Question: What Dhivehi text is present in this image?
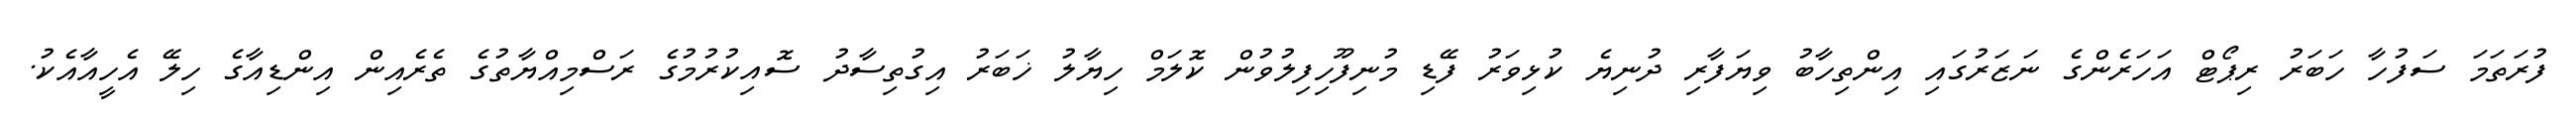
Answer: ފުރަތަމަ ސަފުހާ ހަބަރު ރިޕޯޓް އަހަރެންގެ ނަޒަރުގައި އިންތިހާބު ވިޔަފާރި ދުނިޔެ ކުޅިވަރު ފޭޑި މުނިފޫހިފިލުވުން ކޮލަމް ހިޔާލު ޚަބަރު އިގުތިސާދު ސޮއިކުރުމުގެ ރަސްމިއްޔާތުގެ ތެރެއިން އިންޑިއާގެ ހިލޭ އެހީއާއެކު.